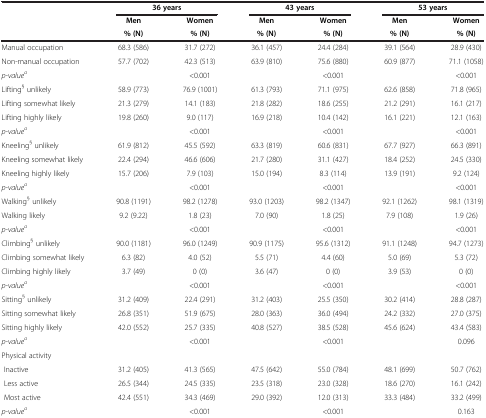
<table><thead><tr><td><b> </b></td><td colspan="2"><b>36 years</b></td><td colspan="2"><b>43 years</b></td><td colspan="2"><b>53 years</b></td></tr><tr><td><b> </b></td><td><b>Men</b></td><td><b>Women</b></td><td><b>Men</b></td><td><b>Women</b></td><td><b>Men</b></td><td><b>Women</b></td></tr><tr><td><b> </b></td><td><b>% (N)</b></td><td><b>% (N)</b></td><td><b>% (N)</b></td><td><b>% (N)</b></td><td><b>% (N)</b></td><td><b>% (N)</b></td></tr></thead><tbody><tr><td>Manual occupation</td><td>68.3 (586)</td><td>31.7 (272)</td><td>36.1 (457)</td><td>24.4 (284)</td><td>39.1 (564)</td><td>28.9 (430)</td></tr><tr><td>Non-manual occupation</td><td>57.7 (702)</td><td>42.3 (513)</td><td>63.9 (810)</td><td>75.6 (880)</td><td>60.9 (877)</td><td>71.1 (1058)</td></tr><tr><td><i>p-value</i><sup><i>a</i></sup></td><td> </td><td>&lt;0.001</td><td> </td><td>&lt;0.001</td><td> </td><td>&lt;0.001</td></tr><tr><td>Lifting<sup>§</sup> unlikely</td><td>58.9 (773)</td><td>76.9 (1001)</td><td>61.3 (793)</td><td>71.1 (975)</td><td>62.6 (858)</td><td>71.8 (965)</td></tr><tr><td>Lifting somewhat likely</td><td>21.3 (279)</td><td>14.1 (183)</td><td>21.8 (282)</td><td>18.6 (255)</td><td>21.2 (291)</td><td>16.1 (217)</td></tr><tr><td>Lifting highly likely</td><td>19.8 (260)</td><td>9.0 (117)</td><td>16.9 (218)</td><td>10.4 (142)</td><td>16.1 (221)</td><td>12.1 (163)</td></tr><tr><td><i>p-value</i><sup><i>a</i></sup></td><td> </td><td>&lt;0.001</td><td> </td><td>&lt;0.001</td><td> </td><td>&lt;0.001</td></tr><tr><td>Kneeling<sup>§</sup> unlikely</td><td>61.9 (812)</td><td>45.5 (592)</td><td>63.3 (819)</td><td>60.6 (831)</td><td>67.7 (927)</td><td>66.3 (891)</td></tr><tr><td>Kneeling somewhat likely</td><td>22.4 (294)</td><td>46.6 (606)</td><td>21.7 (280)</td><td>31.1 (427)</td><td>18.4 (252)</td><td>24.5 (330)</td></tr><tr><td>Kneeling highly likely</td><td>15.7 (206)</td><td>7.9 (103)</td><td>15.0 (194)</td><td>8.3 (114)</td><td>13.9 (191)</td><td>9.2 (124)</td></tr><tr><td><i>p-value</i><sup><i>a</i></sup></td><td> </td><td>&lt;0.001</td><td> </td><td>&lt;0.001</td><td> </td><td>&lt;0.001</td></tr><tr><td>Walking<sup>§</sup> unlikely</td><td>90.8 (1191)</td><td>98.2 (1278)</td><td>93.0 (1203)</td><td>98.2 (1347)</td><td>92.1 (1262)</td><td>98.1 (1319)</td></tr><tr><td>Walking likely</td><td>9.2 (9.22)</td><td>1.8 (23)</td><td>7.0 (90)</td><td>1.8 (25)</td><td>7.9 (108)</td><td>1.9 (26)</td></tr><tr><td><i>p-value</i><sup><i>a</i></sup></td><td> </td><td>&lt;0.001</td><td> </td><td>&lt;0.001</td><td> </td><td>&lt;0.001</td></tr><tr><td>Climbing<sup>§</sup> unlikely</td><td>90.0 (1181)</td><td>96.0 (1249)</td><td>90.9 (1175)</td><td>95.6 (1312)</td><td>91.1 (1248)</td><td>94.7 (1273)</td></tr><tr><td>Climbing somewhat likely</td><td>6.3 (82)</td><td>4.0 (52)</td><td>5.5 (71)</td><td>4.4 (60)</td><td>5.0 (69)</td><td>5.3 (72)</td></tr><tr><td>Climbing highly likely</td><td>3.7 (49)</td><td>0 (0)</td><td>3.6 (47)</td><td>0 (0)</td><td>3.9 (53)</td><td>0 (0)</td></tr><tr><td><i>p-value</i><sup><i>a</i></sup></td><td> </td><td>&lt;0.001</td><td> </td><td>&lt;0.001</td><td> </td><td>&lt;0.001</td></tr><tr><td>Sitting<sup>§</sup> unlikely</td><td>31.2 (409)</td><td>22.4 (291)</td><td>31.2 (403)</td><td>25.5 (350)</td><td>30.2 (414)</td><td>28.8 (287)</td></tr><tr><td>Sitting somewhat likely</td><td>26.8 (351)</td><td>51.9 (675)</td><td>28.0 (363)</td><td>36.0 (494)</td><td>24.2 (332)</td><td>27.0 (375)</td></tr><tr><td>Sitting highly likely</td><td>42.0 (552)</td><td>25.7 (335)</td><td>40.8 (527)</td><td>38.5 (528)</td><td>45.6 (624)</td><td>43.4 (583)</td></tr><tr><td><i>p-value</i><sup><i>a</i></sup></td><td> </td><td>&lt;0.001</td><td> </td><td>&lt;0.001</td><td> </td><td>0.096</td></tr><tr><td>Physical activity</td><td> </td><td> </td><td> </td><td> </td><td> </td><td> </td></tr><tr><td> Inactive</td><td>31.2 (405)</td><td>41.3 (565)</td><td>47.5 (642)</td><td>55.0 (784)</td><td>48.1 (699)</td><td>50.7 (762)</td></tr><tr><td> Less active</td><td>26.5 (344)</td><td>24.5 (335)</td><td>23.5 (318)</td><td>23.0 (328)</td><td>18.6 (270)</td><td>16.1 (242)</td></tr><tr><td> Most active</td><td>42.4 (551)</td><td>34.3 (469)</td><td>29.0 (392)</td><td>12.0 (313)</td><td>33.3 (484)</td><td>33.2 (499)</td></tr><tr><td><i>p-value</i><sup><i>a</i></sup></td><td> </td><td>&lt;0.001</td><td> </td><td>&lt;0.001</td><td> </td><td>0.163</td></tr></tbody></table>